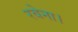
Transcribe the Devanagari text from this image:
रवेना।